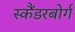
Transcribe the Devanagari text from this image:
स्कैंडरबोर्ग